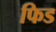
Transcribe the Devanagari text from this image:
फिड